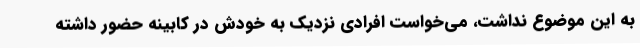
به این موضوع نداشت، می‌خواست افرادی نزدیک به خودش در کابینه حضور داشته